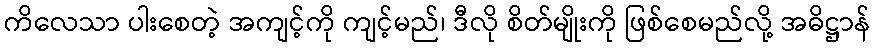
ကိလေသာ ပါးစေတဲ့ အကျင့်ကို ကျင့်မည်၊ ဒီလို စိတ်မျိုးကို ဖြစ်စေမည်လို့ အဓိဋ္ဌာန်